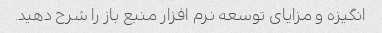
انگیزه و مزایای توسعه نرم افزار منبع باز را شرح دهید.